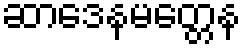
ဆာဒေနမတ္တေန